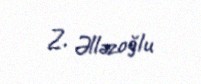
Z. Əlləzoğlu